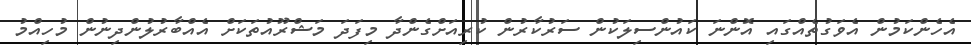
އެހެންކަމުން އެވަގުތެއްގައި އޮންނަ ކައުންސިލަކުން ސަރުކާރުން ކުރިއަށްގެންދާ މިފަދަ މަޝްރޫއުތަކަށް އެއްބާރުލުންދިނުން މުހިއްމު